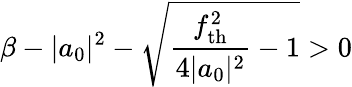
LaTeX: \beta-|a_{0}|^{2}-\sqrt{\frac{f_{\mathrm{th}}^{2}}{4|a_{0}|^{2}}-1}>0